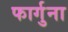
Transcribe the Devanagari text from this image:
फार्गुना